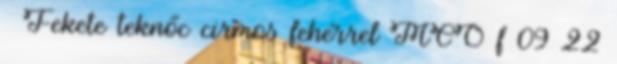
♀ Fekete teknőc cirmos fehérrel MCO f 09 22